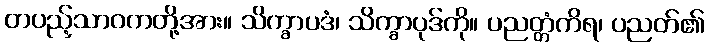
တပည့်သာဝကတို့အား။ သိက္ခာပဒံ၊ သိက္ခာပုဒ်ကို။ ပညတ္တံကိရ၊ ပညတ်၏